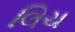
લિચ